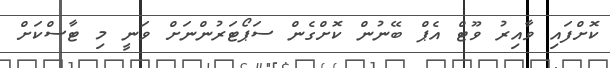
ކޮށްފައި ވާއިރު ވޫޓް އެޕް ބޭނުން ކޮށްގެން ސަޕޯޓަރުންނަށް ވަނީ މި ޓާސްކަށް